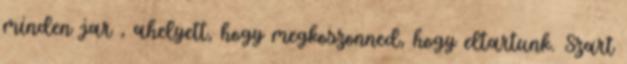
minden jar , ahelyett, hogy megkoszonned, hogy eltartunk. Szart